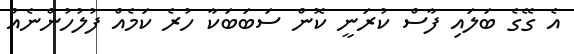
އެ ގޭގެ ބަލައި ފާސް ކުރަނީ ކޮން ސަބަބަކާ ހުރެ ކަމެއް ފުލުހުންނެއް